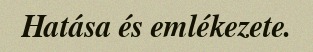
Hatása és emlékezete.